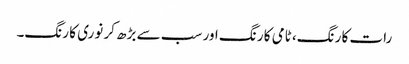
رات کا رنگ، ٹامی کا رنگ اور سب سے بڑھ کر نوری کا رنگ۔